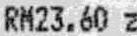
RM23.60 Z